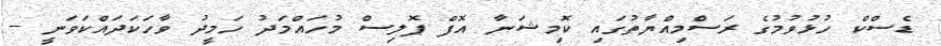
ޑެސްކް ހުޅުވުމުގެ ރަސްމިއްޔާތުގައި ކޮމިޝަނާ އޮފް ޕޮލިސް މުހައްމަދު ހަމީދު ވާހަކަދައްކަވަނީ --